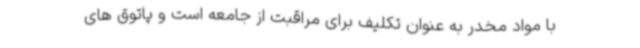
با مواد مخدر به عنوان تکلیف برای مراقبت از جامعه است و پاتوق های